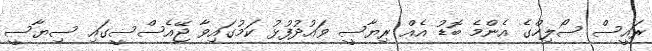
ރައީސް ސޯލިހްގެ އެންމެ ބޮޑު އެއް ރިޔާސީ ވައުދުފުޅު ކަމުގައިވާ ޖޭއެސްސީގައި ސިޔާސީ